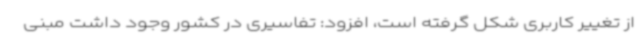
از تغییر کاربری شکل گرفته است، افزود: تفاسیری در کشور وجود داشت مبنی